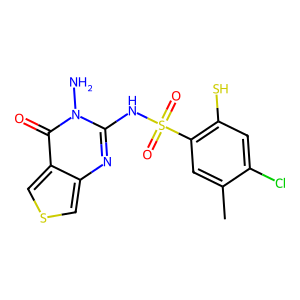
SMILES: Cc1cc(S(=O)(=O)Nc2nc3cscc3c(=O)n2N)c(S)cc1Cl
Inhibits HIV replication: Yes